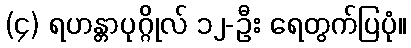
(၄) ရဟန္တာပုဂ္ဂိုလ် ၁၂-ဦး ရေတွက်ပြပုံ။